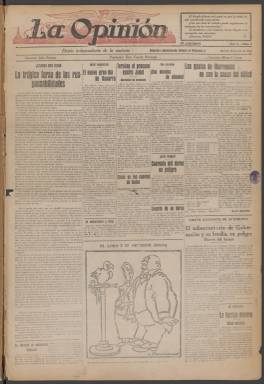
Título: La Opinión (Madrid. 1923)
Lugar de publicación: Madrid
Fechas: 10/07/1923-31/12/1931